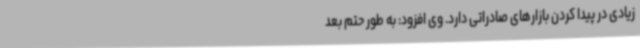
زیادی در پیدا کردن بازارهای صادراتی دارد. وی افزود: به طور حتم بعد